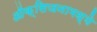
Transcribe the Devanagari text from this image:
ऑक्सिजनामध्ये